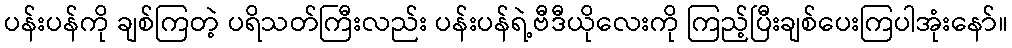
ပန်းပန်ကို ချစ်ကြတဲ့ ပရိသတ်ကြီးလည်း ပန်းပန်ရဲ့ဗီဒီယိုလေးကို ကြည့်ပြီးချစ်ပေးကြပါအုံးနော်။